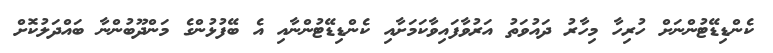
ކެންޑިޑޭޓުންނަށް ހުރިހާ މިހާރު ދައުވަތު އަރުވާފައިވާކަމަށާއި ކެންޑިޑޭޓުންނާއި އެ ބޭފުޅުންގެ މަންދޫބުންނާ ބައްދަލުކޮށް